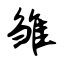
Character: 雏